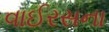
વાઈરસના